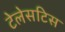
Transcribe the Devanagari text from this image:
टेलेसटिस